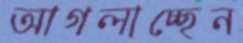
আগলাচ্ছেন